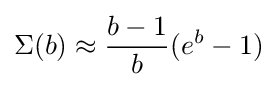
\Sigma (b)\approx {\frac {b-1}{b}}(e^{b}-1)